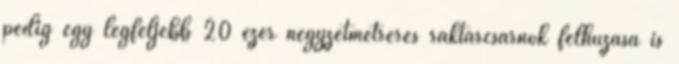
pedig egy legfeljebb 20 ezer négyzetmétreres raktárcsarnok felhúzása is